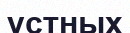
устных